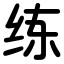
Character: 练